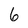
Character: 6